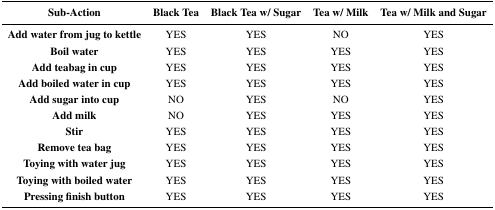
<table><thead><tr><td><b>Sub-Action</b></td><td><b>Black Tea</b></td><td><b>Black Tea w/ Sugar</b></td><td><b>Tea w/ Milk</b></td><td><b>Tea w/ Milk and Sugar</b></td></tr></thead><tbody><tr><td><b>Add water from jug to kettle</b></td><td>YES</td><td>YES</td><td>NO</td><td>YES</td></tr><tr><td><b>Boil water</b></td><td>YES</td><td>YES</td><td>YES</td><td>YES</td></tr><tr><td><b>Add teabag in cup</b></td><td>YES</td><td>YES</td><td>YES</td><td>YES</td></tr><tr><td><b>Add boiled water in cup</b></td><td>YES</td><td>YES</td><td>YES</td><td>YES</td></tr><tr><td><b>Add sugar into cup</b></td><td>NO</td><td>YES</td><td>NO</td><td>YES</td></tr><tr><td><b>Add milk</b></td><td>NO</td><td>YES</td><td>YES</td><td>YES</td></tr><tr><td><b>Stir</b></td><td>YES</td><td>YES</td><td>YES</td><td>YES</td></tr><tr><td><b>Remove tea bag</b></td><td>YES</td><td>YES</td><td>YES</td><td>YES</td></tr><tr><td><b>Toying with water jug</b></td><td>YES</td><td>YES</td><td>YES</td><td>YES</td></tr><tr><td><b>Toying with boiled water</b></td><td>YES</td><td>YES</td><td>YES</td><td>YES</td></tr><tr><td><b>Pressing finish button</b></td><td>YES</td><td>YES</td><td>YES</td><td>YES</td></tr></tbody></table>